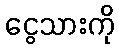
ငွေသားကို